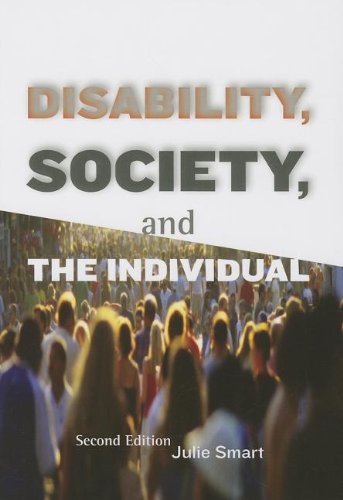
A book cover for Disability, Society, and the Individual; Julie Smart; Health, Fitness & Dieting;